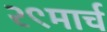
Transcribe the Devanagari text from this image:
२९मार्च